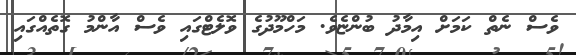
ވެސް ނެތް ކަމަށް އިމާދު ބުންޏެވެ. މަހްމޫދުގެ ވޮލެޓްގައި ވެސް އާންމު ގޮތެއްގައި